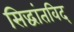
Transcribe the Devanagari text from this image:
सिद्धांतविद्